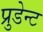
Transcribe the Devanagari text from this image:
प्रुडेन्ट